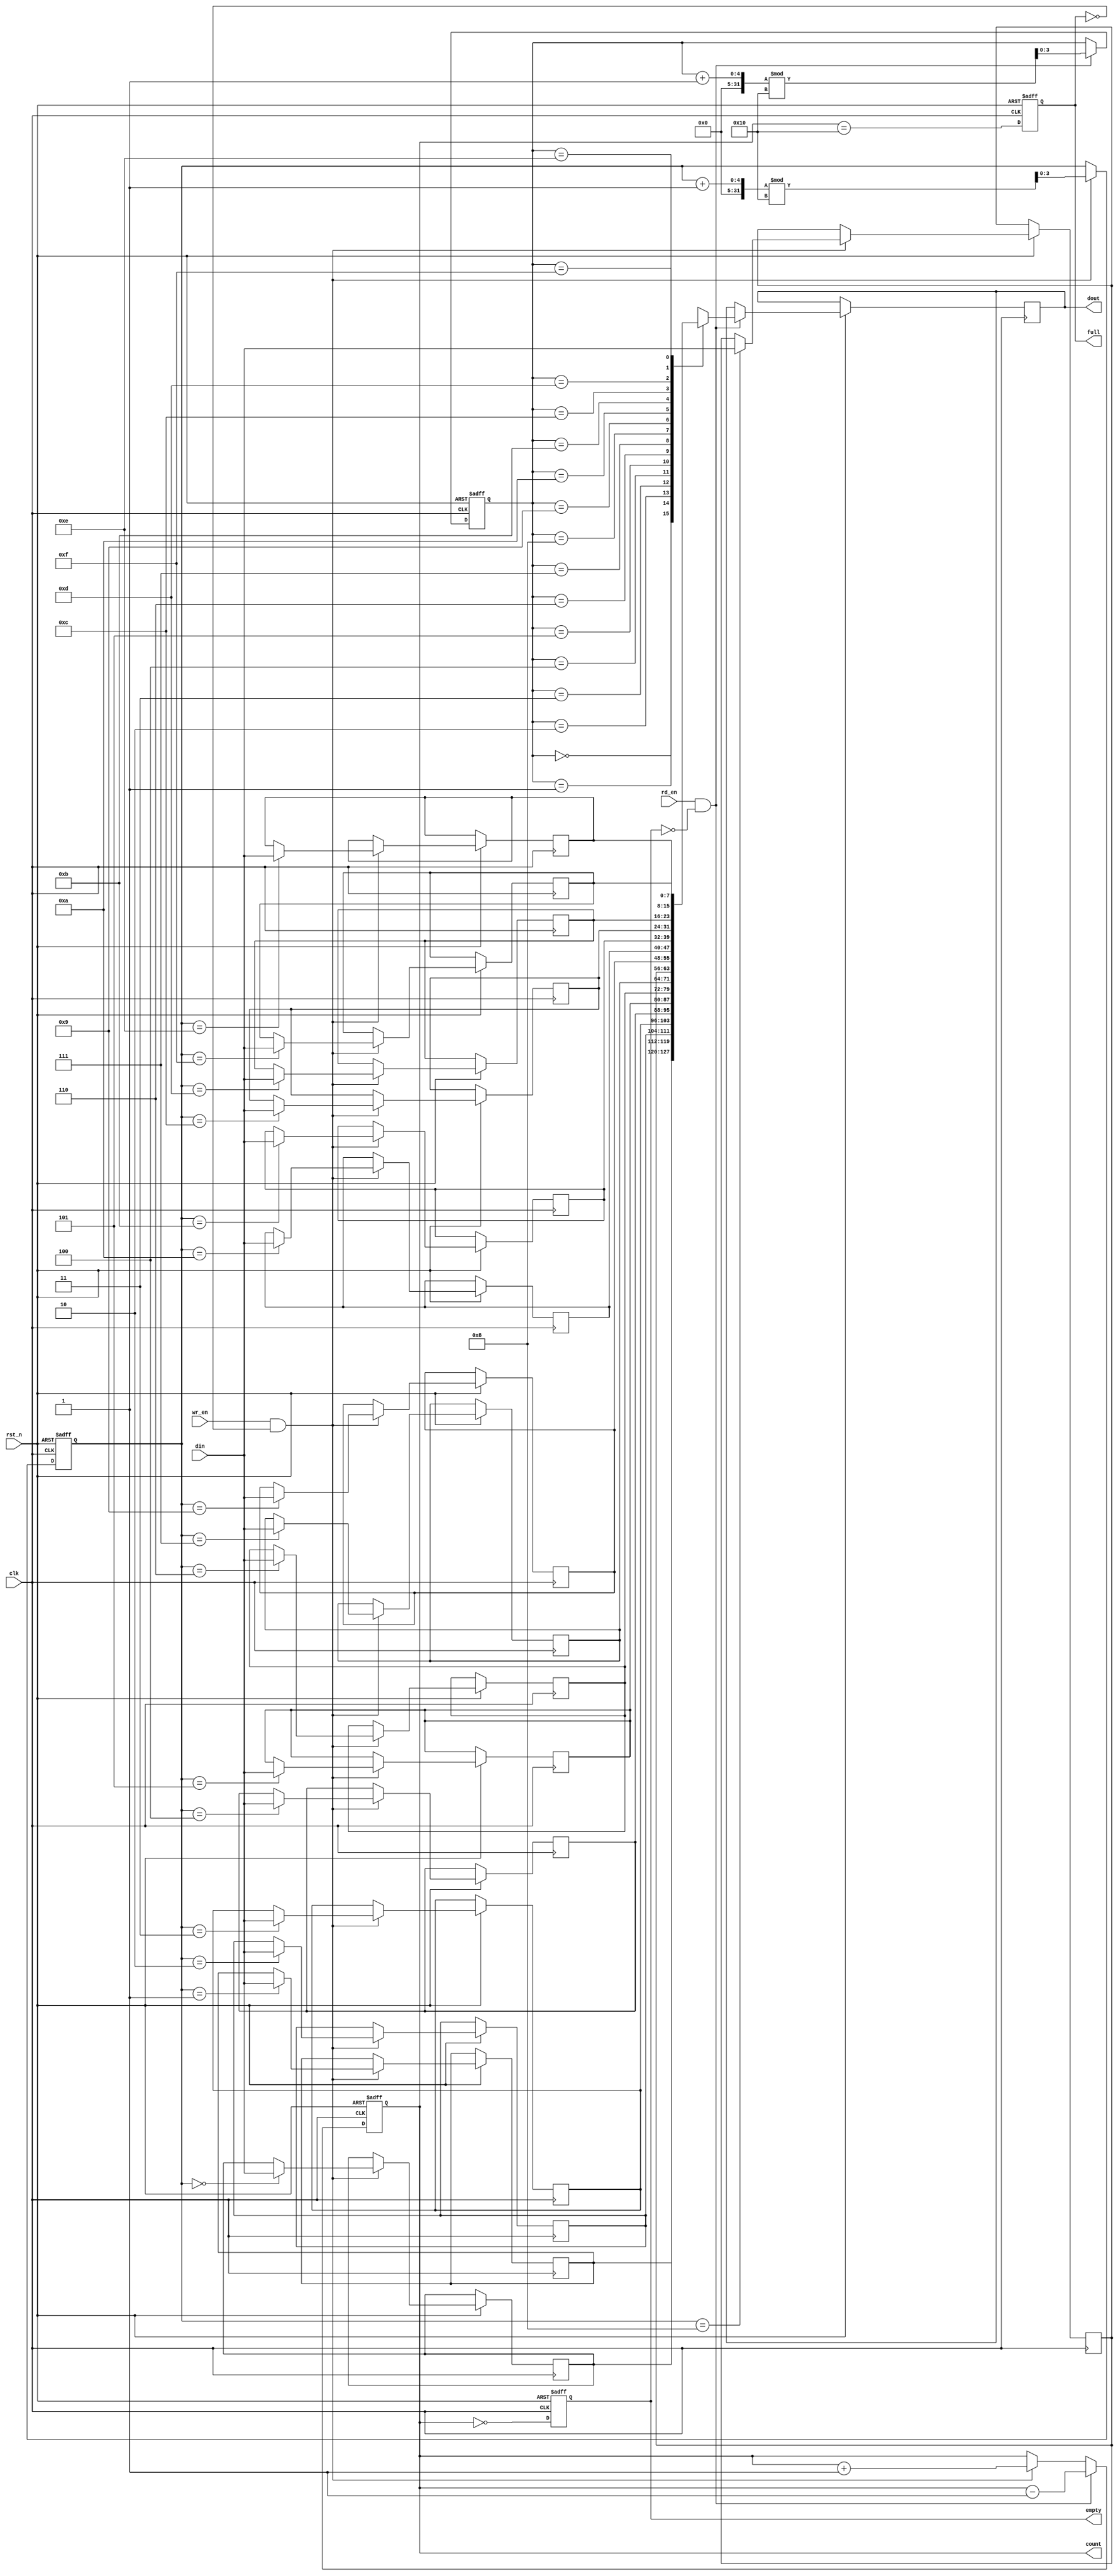
module parameterized_fifo #(
    parameter DATA_WIDTH = 8,   // Width of each data entry
    parameter FIFO_DEPTH = 16    // Depth of the FIFO
) (
    input wire clk,                // Clock signal
    input wire rst_n,              // Asynchronous reset (active low)
    input wire wr_en,              // Write enable signal
    input wire rd_en,              // Read enable signal
    input wire [DATA_WIDTH-1:0] din, // Data input
    output reg [DATA_WIDTH-1:0] dout, // Data output
    output reg full,               // Full flag
    output reg empty,              // Empty flag
    output reg [$clog2(FIFO_DEPTH):0] count // Current count of entries
);

    // Memory array to store data
    reg [DATA_WIDTH-1:0] fifo_mem [0:FIFO_DEPTH-1];
    reg [$clog2(FIFO_DEPTH)-1:0] wr_ptr; // Write pointer
    reg [$clog2(FIFO_DEPTH)-1:0] rd_ptr; // Read pointer

    // Asynchronous reset
    always @(posedge clk or negedge rst_n) begin
        if (!rst_n) begin
            wr_ptr <= 0;
            rd_ptr <= 0;
            count <= 0;
            full <= 0;
            empty <= 1;
        end else begin
            // Write operation
            if (wr_en && !full) begin
                fifo_mem[wr_ptr] <= din; // Store data
                wr_ptr <= (wr_ptr + 1) % FIFO_DEPTH; // Increment write pointer
                count <= count + 1; // Increment count
            end

            // Read operation
            if (rd_en && !empty) begin
                dout <= fifo_mem[rd_ptr]; // Read data
                rd_ptr <= (rd_ptr + 1) % FIFO_DEPTH; // Increment read pointer
                count <= count - 1; // Decrement count
            end

            // Update full and empty flags
            full <= (count == FIFO_DEPTH);
            empty <= (count == 0);
        end
    end

endmodule